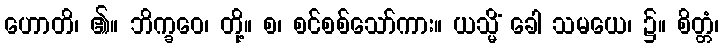
ဟောတိ၊ ၏။ ဘိက္ခဝေ၊ တို့။ စ၊ စင်စစ်သော်ကား။ ယသ္မိံ ခေါ သမယေ၊ ၌။ စိတ္တံ၊